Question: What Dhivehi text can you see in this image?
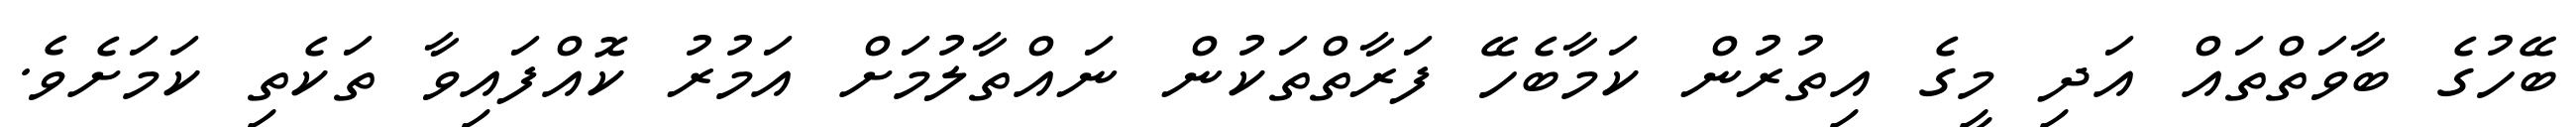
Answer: ބޭހުގެ ބާވަތްތައް އަދި މީގެ އިތުރުން ކަމާބެހޭ ފަރާތްތަކުން ނައްތާލުމަށް އަމުރު ކޮއްފައިވާ ތަކެތި ކަމަށެވެ.